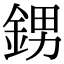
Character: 𨦻